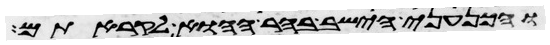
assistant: והכנעני הישב בהר ההוא לקראתם